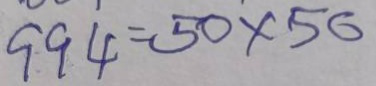
994 = 50 x 56